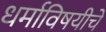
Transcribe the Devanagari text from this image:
धर्माविषयीचे